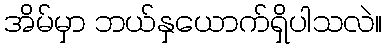
အိမ်မှာ ဘယ်နှယောက်ရှိပါသလဲ။